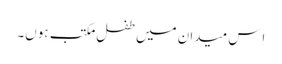
اِس میدان میں طفلِ مکتب ہوں۔